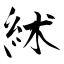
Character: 絉